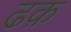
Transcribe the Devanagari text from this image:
ढक़